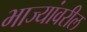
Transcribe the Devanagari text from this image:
भाज्यांवरील